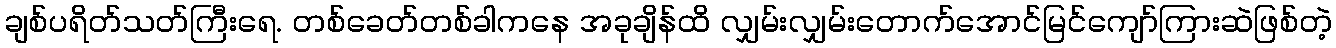
ချစ်ပရိတ်သတ်ကြီးရေ. တစ်ခေတ်တစ်ခါကနေ အခုချိန်ထိ လျှမ်းလျှမ်းတောက်အောင်မြင်ကျော်ကြားဆဲဖြစ်တဲ့